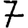
Digit: 7